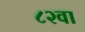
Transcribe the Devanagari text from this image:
८२वा